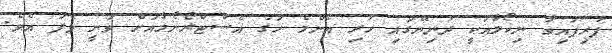
ފުރިފައިވާ ނިކޯލާއަކީ ދުނިޔޭގައި ހުރި އެންމެ ހަގު އެސްޓްރޯނޯމާއަށް ވަނީ ވެފަ އެވެ.